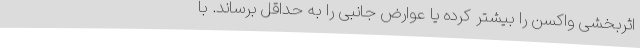
اثربخشی واکسن را بیشتر کرده یا عوارض جانبی را به حداقل برساند. با